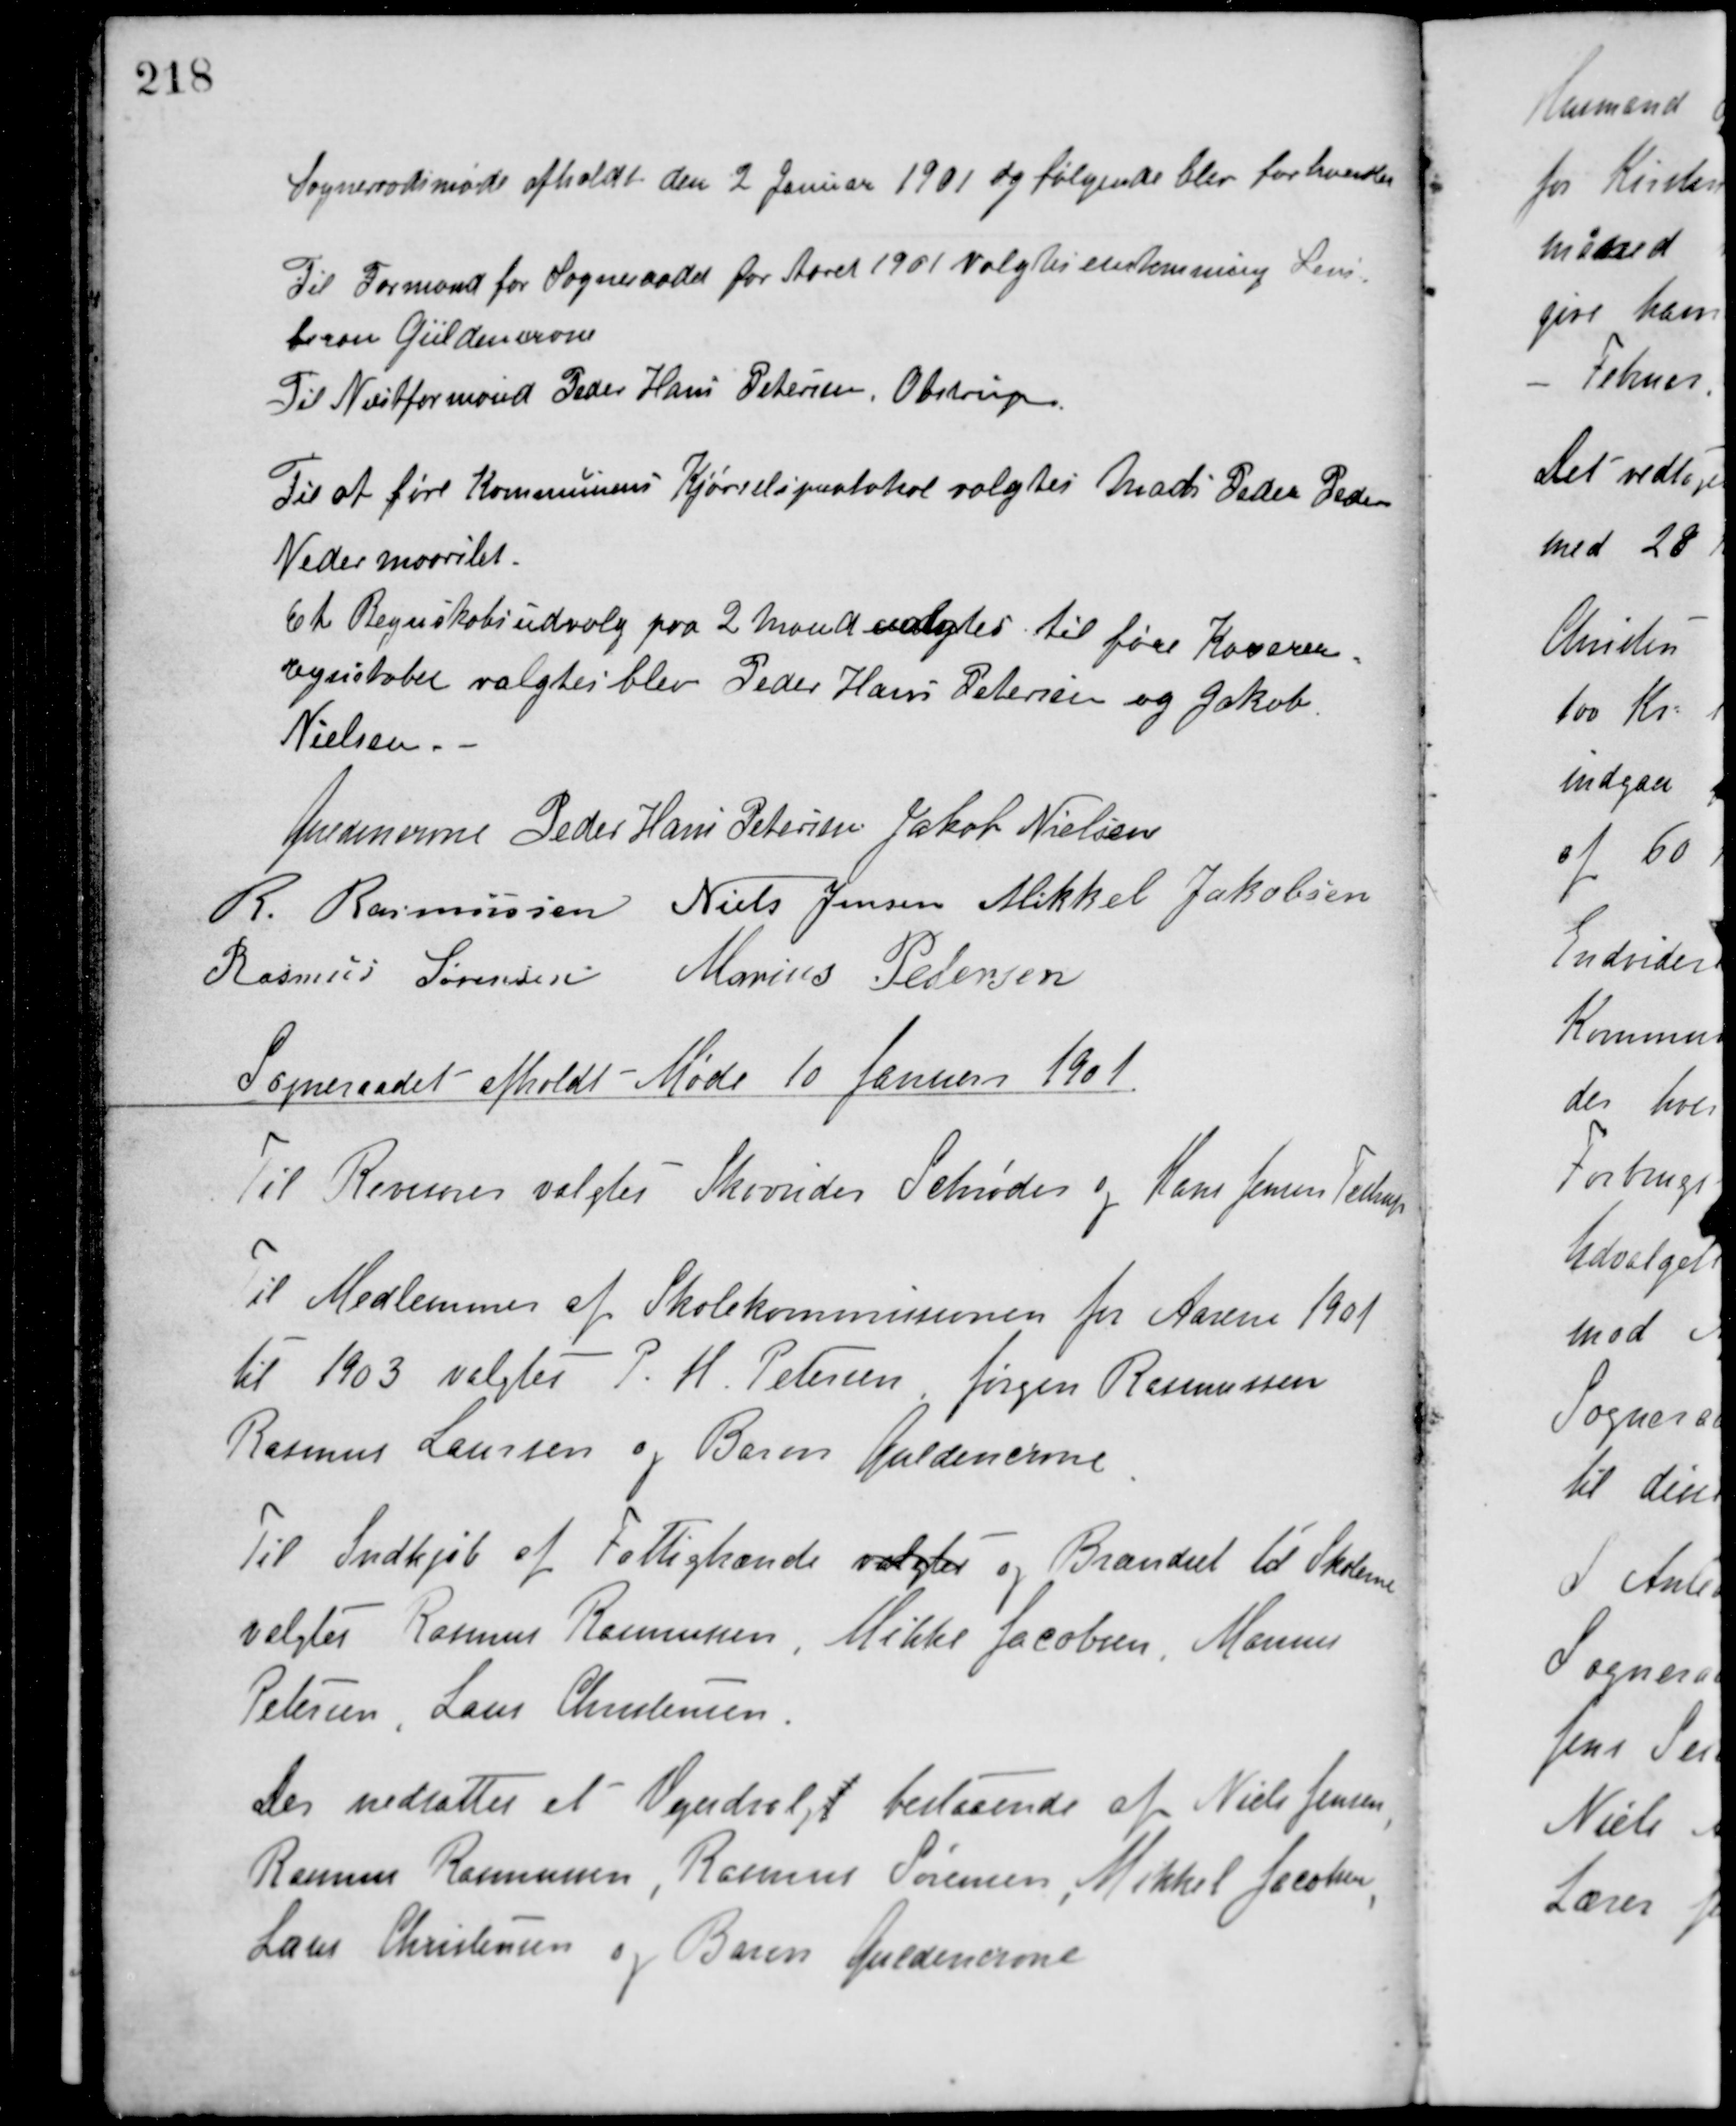
Transskription:
Sogneraadsmøde afholdt den 2 Januar 1901 og følgende blev forhandlet.
Til Formand for Sogneraadet for Aaret 1901 Valgtes enstemming Lens-
baron Güldencrone.
Til Næstformand Peder Hans Petersen, Obstrup.
Til at føre Kommunens Kjørselsprotokol valgtes Mads Peder Pedersen
Neder Maarslet.
Et Regnskabsudvalg paa 2 Mand valgtes til føre Kasserer-
regnskabet valgtes blev Peder Hans Petersen og Jakob
Nielsen.
Guldencrone Peder Hans Petersen Jakob Nielsen
R. Rasmussen Niels Jensen Mikkel Jakobsen
Rasmus Sørensen Marius Pedersen
Sogneraadet afholdt - Møde 10 Januar 1901
Til Revisorer valgtes Skovrider Schrøder og Hans Jensen, Testrup.
Til Medlemmer af Skolekommissionen for Aarene 1901
til 1903 valgtes P. H. Petersen, Jørgen Rasmussen
Rasmus Laursen og Baron Guldencrone.
Til Indkjøb af Fattigbrænde valgtes og Brændsel til Skolene
valgtes Rasmus Rasmussen, Mikkel Jacobsen, Marius
Petersen, Laus Christensen.
Der nedsattes et Vejudvalgt bestaaende af Niels Jensen,
Rasmus Rasmussen, Rasmus Sørensen, Mikkel Jacobsen,
Lars Christensen og Baron Guldencrone.